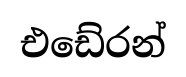
එඩේරන්